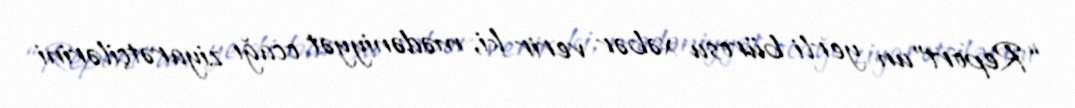
“Report”un yerli bürosu xəbər verir ki, mədəniyyət ocağı ziyarətçilərini